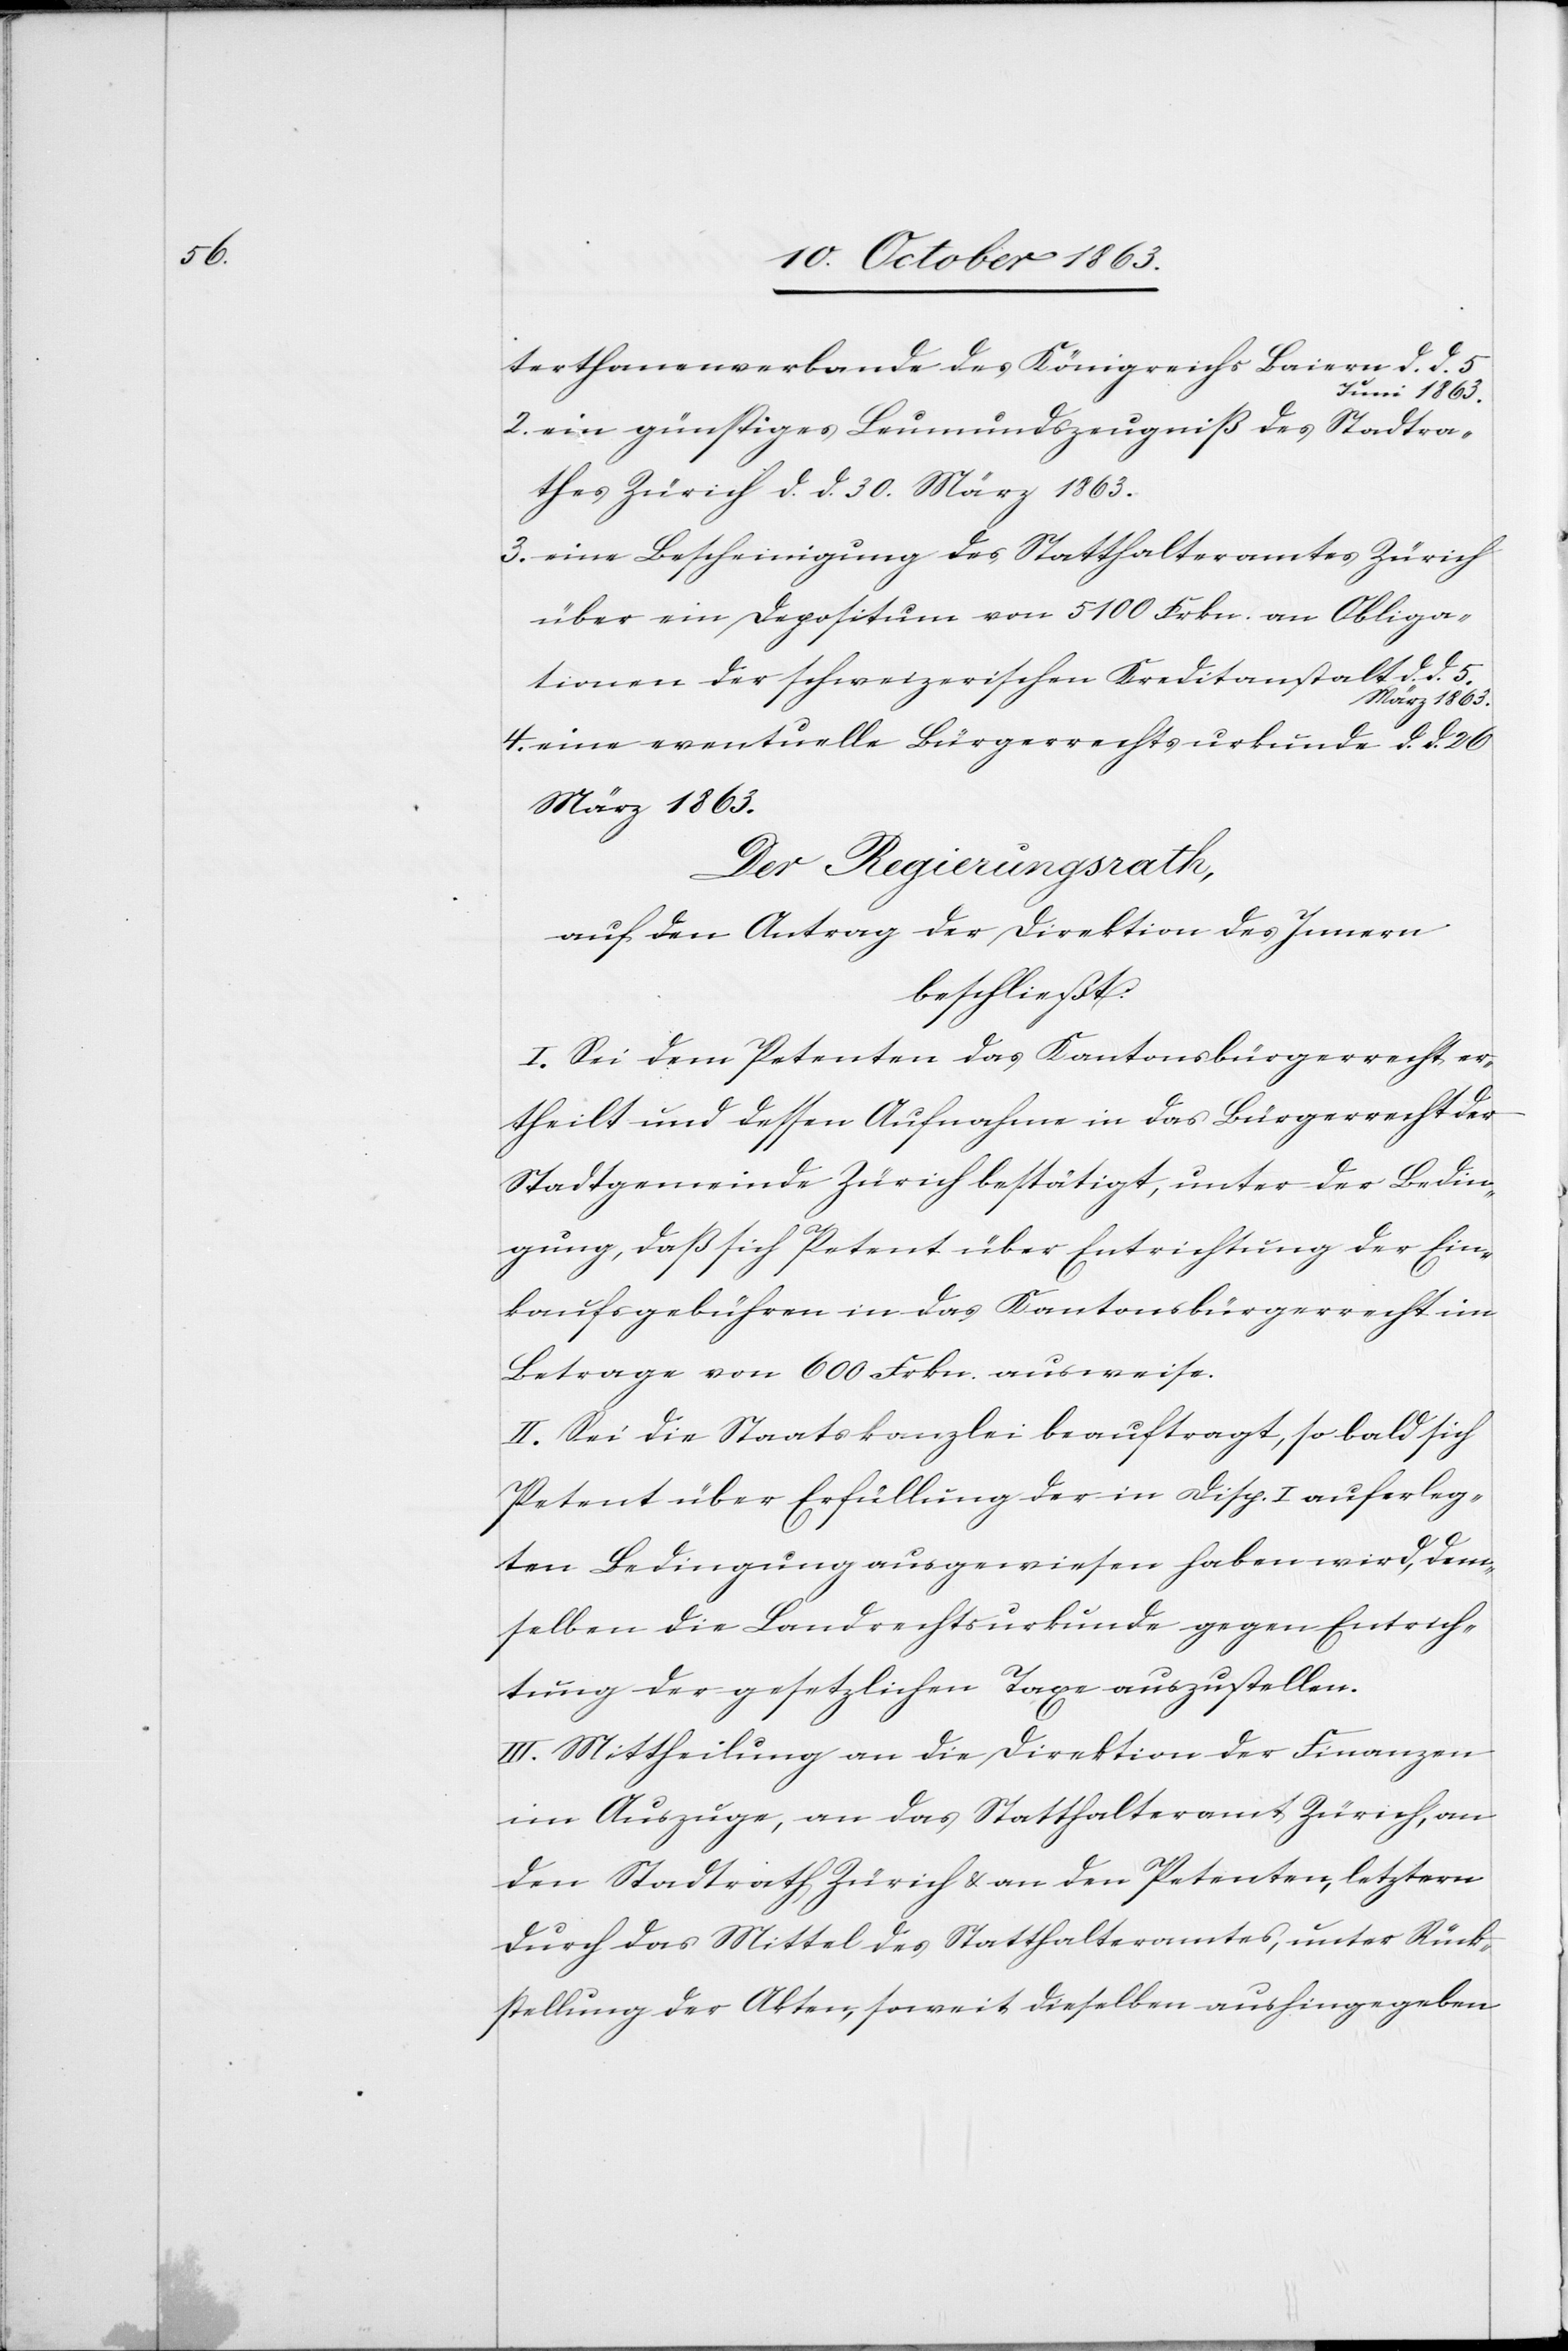
terthanenverbande des Königreichs Baiern d. d. 5
Juni 1863.
2. ein günstiges Leumundszeugniß des Stadtra¬
thes Zürich d. d. 30. März 1863.
3. eine Bescheinigung des Statthalteramtes Zürich
über ein Depositum von 5100 Frkn. an Obliga¬
tionen der schweizerischen Kreditanstalt d. d. 5.
März 1863.
4. eine eventuelle Bürgerrechtsurkunde d. d. 26
März 1863.
Der Regierungsrath,
auf den Antrag der Direktion des Innern
beschließt:
I. Sei dem Petenten das Kantonsbürgerrecht er¬
theilt und dessen Aufnahme in das Bürgerrecht der
Stadtgemeinde Zürich bestätigt, unter der Bedin¬
gung, daß sich Petent über Entrichtung der Ein¬
kaufsgebühren in das Kantonsbürgerrecht im
Betrage von 600 Frkn. ausweise.
II. Sei die Staatskanzlei beauftragt, so bald sich
Petent über Erfüllung der in Disp. I auferleg¬
ten Bedingung ausgewiesen haben wird, dem¬
selben die Landrechtsurkunde gegen Entrich¬
tung der gesetzlichen Taxe auszustellen.
III. Mittheilung an die Direktion der Finanzen
im Auszuge, an das Statthalteramt Zürich, an
den Stadtrath Zürich & an den Petenten, letztern
durch das Mittel des Statthalteramtes, unter Rück¬
stellung der Akten, soweit dieselben aushingegeben